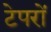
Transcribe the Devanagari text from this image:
टेपरों